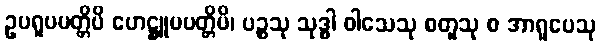
ဥပရူပပတ္တိပိ ဟေဋ္ဌူပပတ္တိပိ၊ ပဉ္စသု သုဒ္ဓါ ဝါသေသု စတူသု စ အာရူပေသု